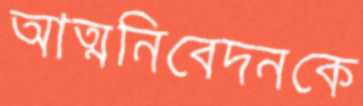
আত্মনিবেদনকে